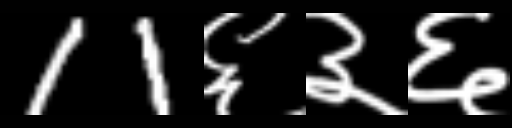
Text: 11६३६